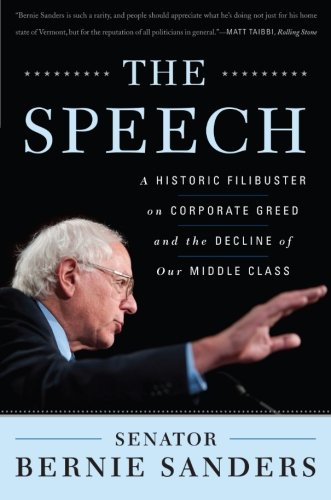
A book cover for The Speech: A Historic Filibuster on Corporate Greed and the Decline of Our Middle Class; Bernie Sanders; Business & Money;